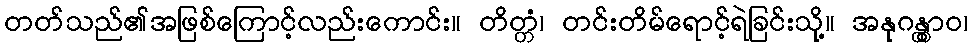
တတ်သည်၏အဖြစ်ကြောင့်လည်းကောင်း။ တိတ္တံ၊ တင်းတိမ်ရောင့်ရဲခြင်းသို့။ အနုဂန္တွာဝ၊